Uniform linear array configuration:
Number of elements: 32
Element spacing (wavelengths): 1
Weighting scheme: exponential
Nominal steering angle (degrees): -60
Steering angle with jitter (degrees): -61.713
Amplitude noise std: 0.05
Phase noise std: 0.05

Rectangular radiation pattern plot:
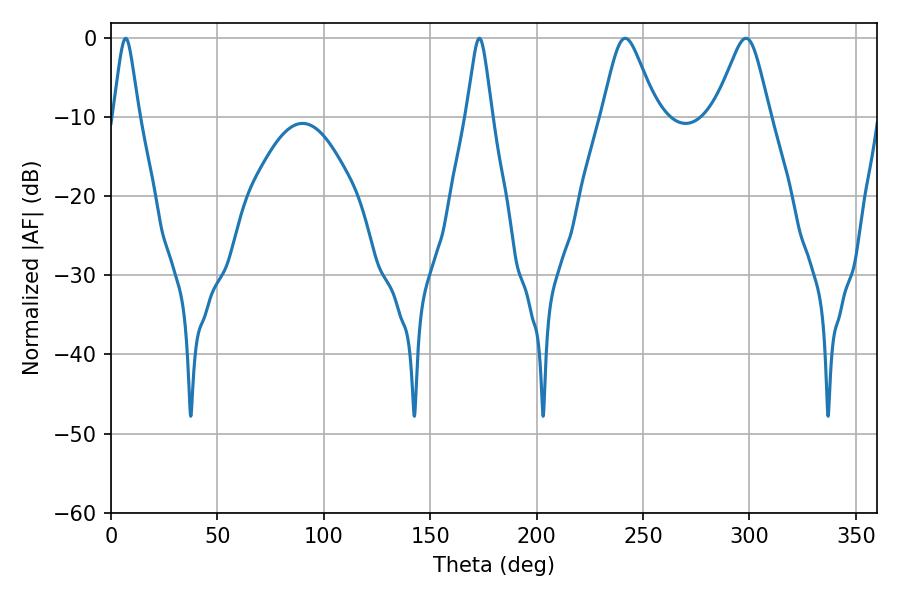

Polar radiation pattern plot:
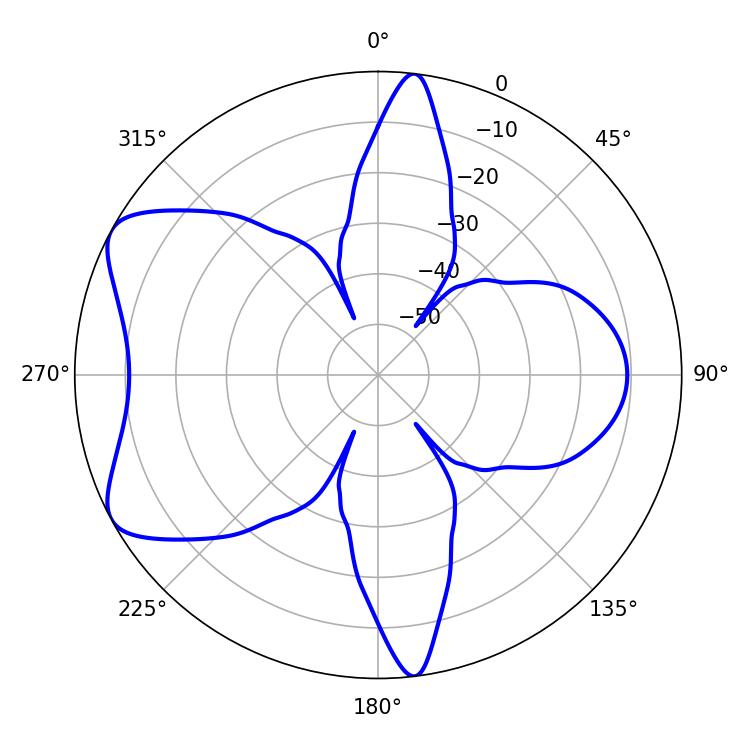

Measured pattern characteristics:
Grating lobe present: TRUE
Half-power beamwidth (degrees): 12.42
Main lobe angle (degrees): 241.56